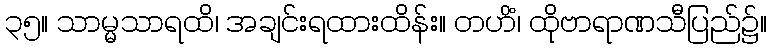
၃၅။ သာမ္မသာရထိ၊ အချင်းရထားထိန်း။ တဟိံ၊ ထိုဗာရာဏသီပြည်၌။